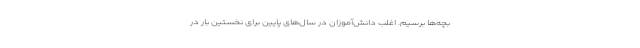
بچه‌ها برسیم. اغلب دانش‌آموزان در سال‌های پایین برای نخستین بار در